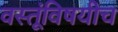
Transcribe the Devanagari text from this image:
वस्तूंविषयीच